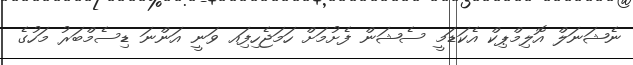
ނެޝަނަލް އޮލިމްޕިކް އެކަޑަމީ ސެޝަން ފެށުމަށް ހަމަޖެހިފަިއ ވަނީ އަންނަ ޑިސެމްބަރު މަހުގެ